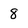
Character: 8